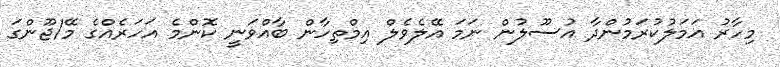
މިހާރު އަމަލުކުރަމުންދާ އުސޫލުން ނަމަ އޭލެވެލް އިމްތިހާން ބާއްވަނީ ކޮންމެ އަހަރެއްގެ މޭ/ޖޫންގަ